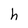
Character: h